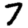
Digit: 7